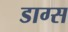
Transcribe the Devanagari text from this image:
डाग्स